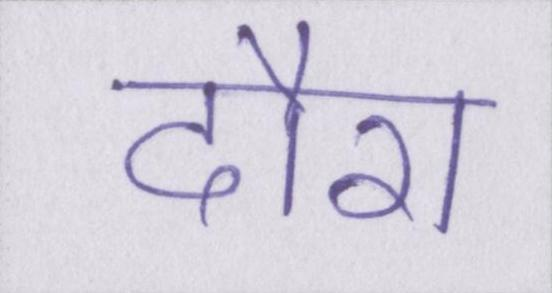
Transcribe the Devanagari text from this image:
दौरा